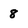
Character: 8